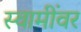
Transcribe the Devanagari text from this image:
स्वामींवर